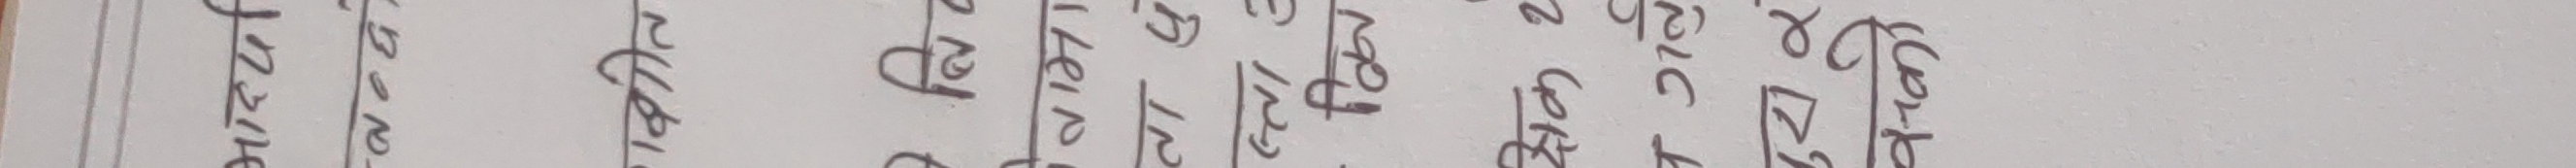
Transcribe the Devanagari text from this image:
पुण्य
शिल्पा
नेत्र
फौ
रेश्मा
पुन
सरोज
पार्वती
पदम
खिमा
नर्मदा
ज्ञानु